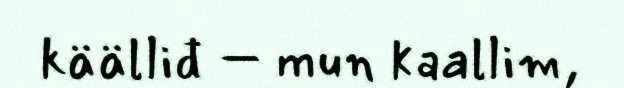
käälliđ – mun kaallim,